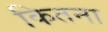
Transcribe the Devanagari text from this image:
कितना